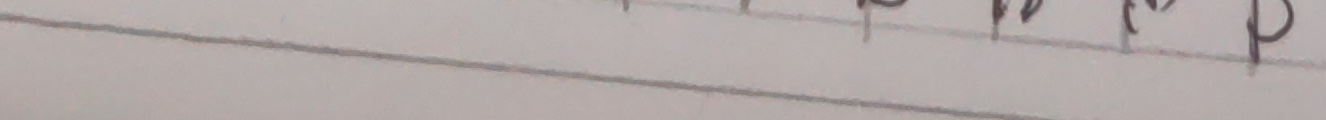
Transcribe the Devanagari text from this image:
प